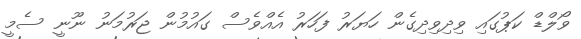
ވޯލްޑް ކަޕުގައި ވިދިވިދިގެން ހަޔަރު ފަހަރު އެއްވެސް ގައުމުން ޖަރުމަނު ނޫނީ ސެމީ